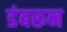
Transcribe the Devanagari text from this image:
डंबरून